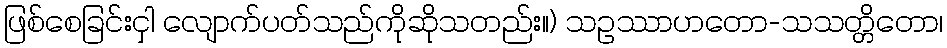
ဖြစ်စေခြင်းငှါ လျောက်ပတ်သည်ကိုဆိုသတည်း။) သဥဿာဟတော-သသတ္တိတော၊